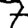
Digit: 7